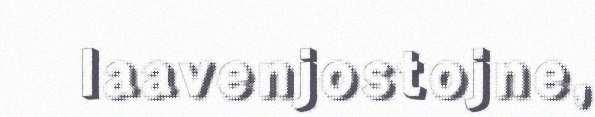
laavenjostojne,